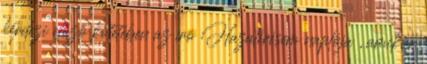
kérdezi előző kötetében az író Hazatérésem naplója , amikor